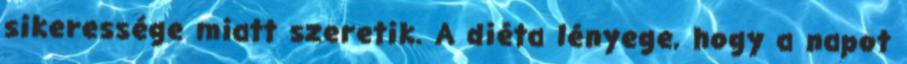
sikeressége miatt szeretik. A diéta lényege, hogy a napot